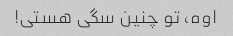
اوه، تو چنین سگی هستی!